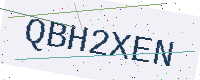
Text: QBH2XEN